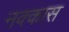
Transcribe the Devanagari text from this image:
नक्कास